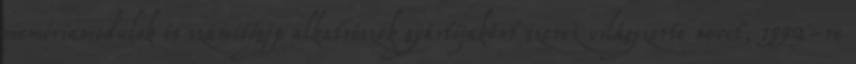
memóriamodulok és számítógép alkatrészek gyártójaként szerez világszerte nevet, 1992-re